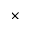
\times